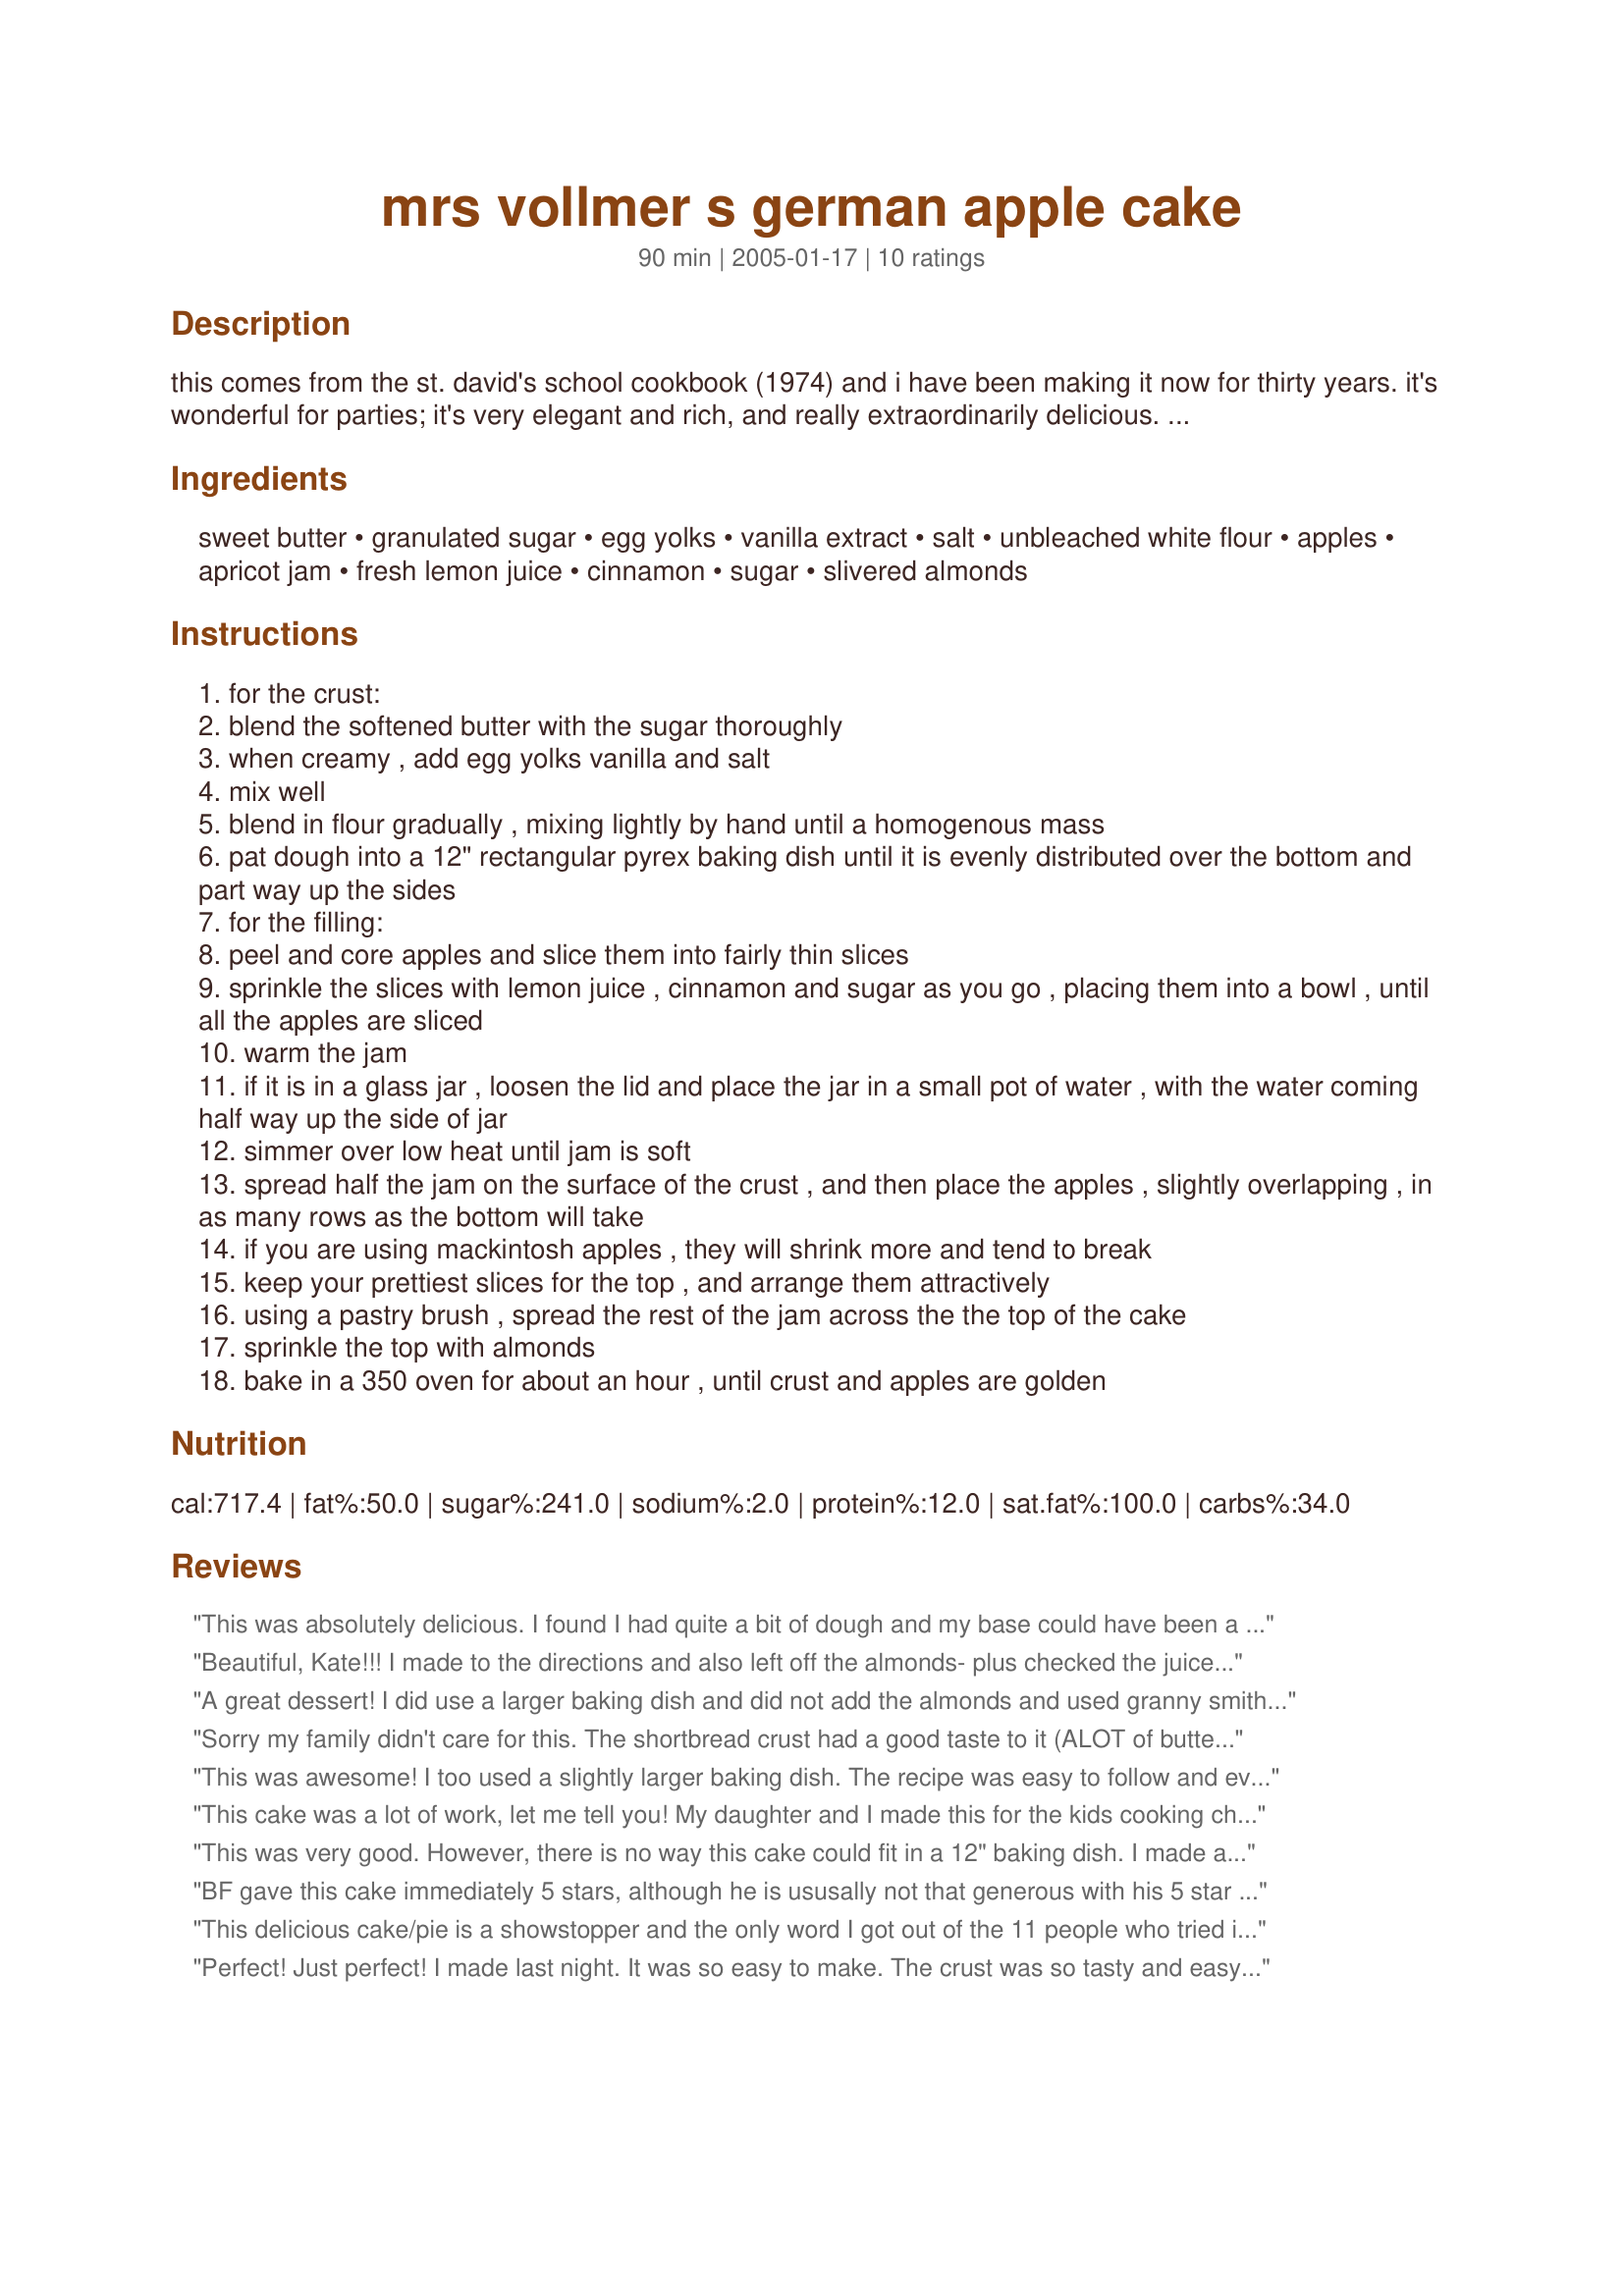
mrs vollmer s german apple cake
Preparation time: 90 minutes

this comes from the st. david's school cookbook (1974) and i have been making it now for thirty years. it's wonderful for parties; it's very elegant and rich, and really extraordinarily delicious. the pastry--which is really like shortbread--is good enough to eat by itself; the combination makes for a great dessert. it is rich enough that it doesn't need whipped cream (though i wouldn't stop anyone from adding some).

Ingredients:
sweet butter, granulated sugar, egg yolks, vanilla extract, salt, unbleached white flour, apples, apricot jam, fresh lemon juice, cinnamon, sugar, slivered almonds

Steps:
for the crust:
blend the softened butter with the sugar thoroughly
when creamy , add egg yolks vanilla and salt
mix well
blend in flour gradually , mixing lightly by hand until a homogenous mass
pat dough into a 12" rectangular pyrex baking dish until it is evenly distributed over the bottom and part way up the sides
for the filling:
peel and core apples and slice them into fairly thin slices
sprinkle the slices with lemon juice , cinnamon and sugar as you go , placing them into a bowl , until all the apples are sliced
warm the jam
if it is in a glass jar , loosen the lid and place the jar in a small pot of water , with the water coming half way up the side of jar
simmer over low heat until jam is soft
spread half the jam on the surface of the crust , and then place the apples , slightly overlapping , in as many rows as the bottom will take
if you are using mackintosh apples , they will shrink more and tend to break
keep your prettiest slices for the top , and arrange them attractively
using a pastry brush , spread the rest of the jam across the the top of the cake
sprinkle the top with almonds
bake in a 350 oven for about an hour , until crust and apples are golden

Reviews:
This was absolutely delicious. I found I had quite a bit of dough and my base could have been a bit thinner, but it was a delightful dessert - one that I will make again and again.
Beautiful, Kate!!! I made to the directions and also left off the almonds- plus checked the juices half-way through cooking, tipped them off, which I repeated at the end of cooking.
The pastry is very much like shortbread and goes perfectly with the apples. Thanks Kate for a great dessert!! Oh, also I used all Granny Smith's.
A great dessert! I did use a larger baking dish and did not add the almonds and used granny smith apples. Added a bit of nutmeg to the apples too. The apricot jam with the apples, oh so good!
Sorry my family didn't care for this. The shortbread crust had a good taste to it (ALOT of butter!)but the rest was dissappointing because it was nothing special. I used granny smith apples only and the crust made a huge portion - probably didn't need that much dough.
This was awesome! I too used a slightly larger baking dish. The recipe was easy to follow and even easier to enjoy!
This cake was a lot of work, let me tell you! My daughter and I made this for the kids cooking challenge for ZWT4 and it was something else. There was an awful lot of crust, maybe too much. Even after 20 extra minutes in the oven, our apples were not done and there was a lot of liquid instead of something more syrupy from the apples and sugar as it should have been. I think that this may be something that I am just not talented enough to pull off. I don't know. Bottom line, my daughter that it was superb. There's where all the stars come in. I will agree that it is very good. We certainly had a great time making it together. Thanks for the posting.
This was very good. However, there is no way this cake could fit in a 12" baking dish. I made all of the cake mixture and halved the rest of the ingredients. I only used about 2/3 of the cake mixture in my 12" pan. The flavor was there. Thanks Kate but you might want to recheck the baking dish size in your posted recipe.
BF gave this cake immediately 5 stars, although he is ususally not that generous with his 5 star ratings. I also think it is a lovely cake. BF finds the crust rather special. When I saw the recipe I thought that there is a glaze based on eggs and milk missing. After tasting a tiny piece of the cake I must say that it is good as it is and in no need of a glaze. I wouldn't describe it as an elegant cake as Kate does in her intro. I would rather say it as a simple, lovely, tasty cake. However, BF disagrees, he thinks although he wouldn't describe it as elegegant, neither would he call it simple, as the crust stans out from other crusts. I halved the recipe and baked the cake in a special tin consisting of several parts that can be pinned together to make rectangular cakes up to 12 inches. I used 2 Granny Smith and another apple type which was labelled as sweet. I've started making this cake on Kate's birthday, finished it the morning afterwards and took it to BF yesterday at his birthday. This way, the cake both served as Kate's (virtual) and BF's (real) birthday present! I'm glad that BF likes it a lot and we are looking forward to trying some more of the lovely cake today.
This delicious cake/pie is a showstopper and the only word I got out of the 11 people who tried it was 'very good'. The 'cake' part is kind of like a rich, buttery shortcrust, and the part of the crust that the apples settle on becomes almost custardy (my favourite part). The apricot glaze is a great idea - adding a golden 'polish' to the whole appearance. I did have rather a lot of juice in my 13 x 9 inch pan once this had baked, but I just tilted and spooned out - this juice would be great reduced slightly and used as a topping for ice cream! I can see using this crust for a lot of other pastries too - it's just too good!
Perfect! Just perfect! I made last night. It was so easy to make. The crust was so tasty and easy to place it in the pyrex. I halfed the recipe. It was the first time that I used unbaked apples for an apple cake. I also did have rather a lot of juice in my pan once this had baked, but after 4 hours it had been absorbed. Just Perfect. Thanks for this lovely cake Kate. I made it for the ZWT 2006. Its a great recipe by Kate, our team leader. She has her birthday today!!!
Happy birthday Kate!!!May all your life will be as sweet as your cake!!!
